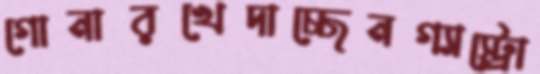
গোনারখেদাচ্ছেনগ্যাস্ট্রো